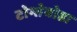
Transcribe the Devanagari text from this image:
टोम्तेबोडा